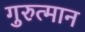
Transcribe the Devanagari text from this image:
गुरुत्मान